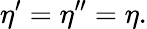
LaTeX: \eta^{\prime}=\eta^{\prime\prime}=\eta.